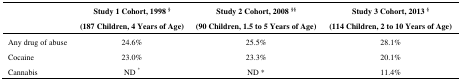
<table><thead><tr><td></td><td><b>Study 1 Cohort, 1998 <sup>§</sup> (187 Children, 4 Years of Age)</b></td><td><b>Study 2 Cohort, 2008 <sup>§§</sup> (90 Children, 1.5 to 5 Years of Age)</b></td><td><b>Study 3 Cohort, 2013 <sup>§</sup> (114 Children, 2 to 10 Years of Age)</b></td></tr></thead><tbody><tr><td>Any drug of abuse</td><td>24.6%</td><td>25.5%</td><td>28.1%</td></tr><tr><td>Cocaine</td><td>23.0%</td><td>23.3%</td><td>20.1%</td></tr><tr><td>Cannabis</td><td>ND <sup>*</sup></td><td>ND *</td><td>11.4%</td></tr></tbody></table>